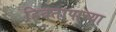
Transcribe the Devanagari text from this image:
हिवतापाच्या